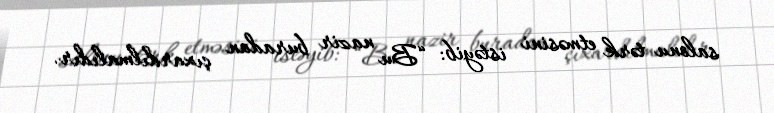
salonu tərk etməsini istəyib: “Bu nazir buradan çıxardılmalıdır.